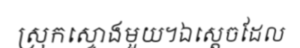
ស្រុកស្ទោងមួយ។ឯស្តេចដែល